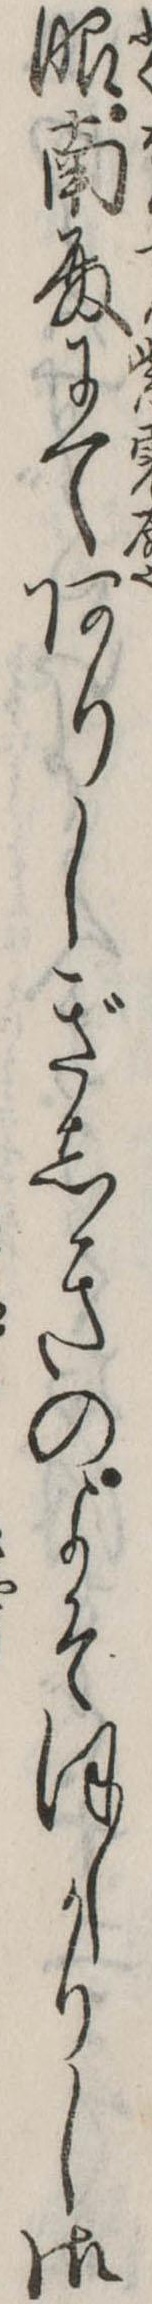
服南殿にてありしぎしきのよそほしかりし御